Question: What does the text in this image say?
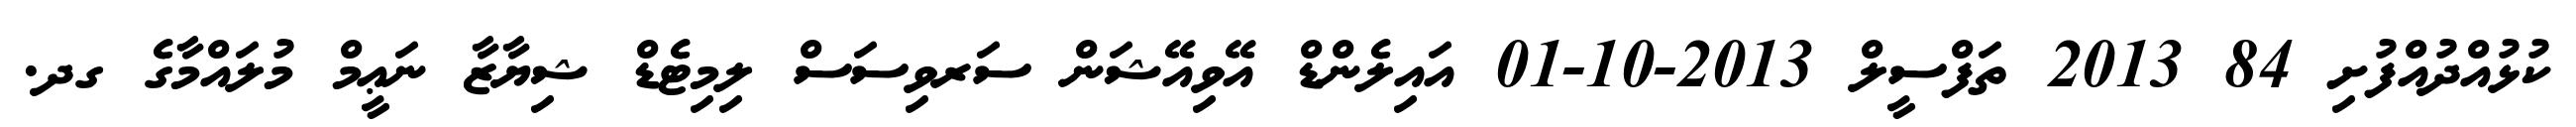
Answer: ކުޅުއްދުއްފުށި 84 2013 ތަފްސީލް 2013-10-01 އައިލެންޑް އޭވިއޭޝަން ސަރވިސަސް ލިމިޓެޑް ޝިޔާޒާ ނަޢީމް މުލައްމާގެ ގދ.